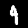
Label: 4